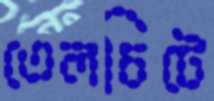
তেলচিটে